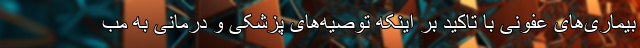
بیماری‌های عفونی با تاکید بر اینکه توصیه‌های پزشکی و درمانی به مب